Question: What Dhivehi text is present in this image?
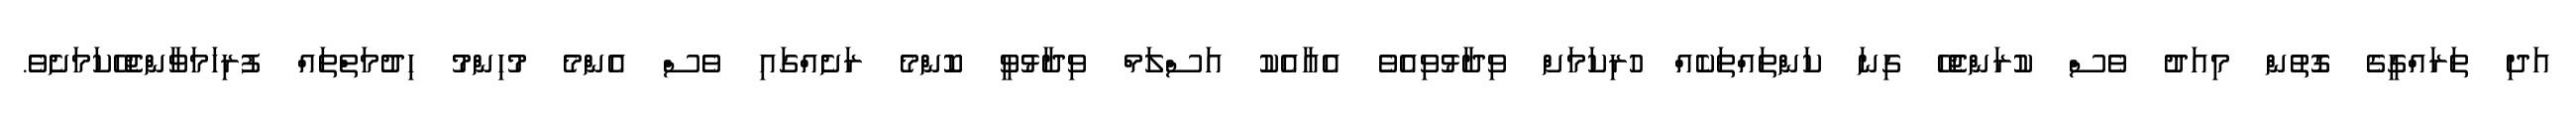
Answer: އަދި ތަރައްގީގެ ގޮތުން މިއަދު ވެސް ކުރަންޖެހޭ ގިނަ ކަންތައްތަކެއް ހުރިކަމަށް ވިދާޅުވިއެވެ އެއާއެކު އަސްލަމް ވިދާޅުވީ ކޮންމެ ރަށެއްގައި ވެސް އެންމެ މުހިންމު ހިދުމަތްތައް ފުރިހަމަވާންޖެހޭކަމަށެވެ.